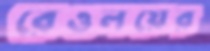
রেওলয়ের